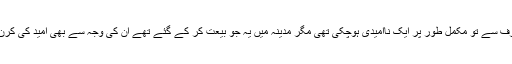
مکہ والوں کی طرف سے تو مکمل طور پر ایک ناامیدی ہوچکی تھی مگر مدینہ میں یہ جو بیعت کر کے گئے تھے ان کی وجہ سے بھی امید کی کرن پیدا ہو رہی تھی۔